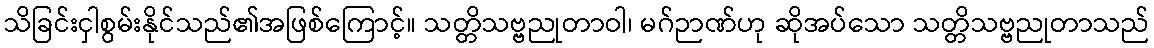
သိခြင်းငှါစွမ်းနိုင်သည်၏အဖြစ်ကြောင့်။ သတ္တိသဗ္ဗညုတာဝါ၊ မဂ်ဉာဏ်ဟု ဆိုအပ်သော သတ္တိသဗ္ဗညုတာသည်